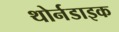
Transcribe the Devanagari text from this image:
थोर्नडाइक